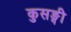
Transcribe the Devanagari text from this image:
कुसङ्गी